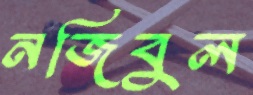
নজিবুল